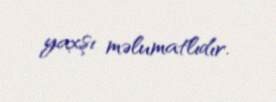
yaxşı məlumatlıdır.